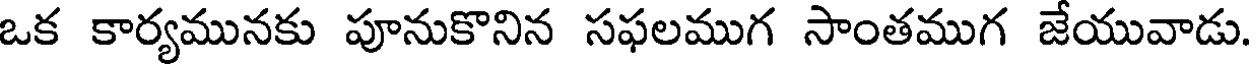
ఒక కార్యమునకు పూనుకొనిన సఫలముగ సాంతముగ జేయువాడు.